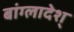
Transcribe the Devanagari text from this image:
बांग्लादेश्